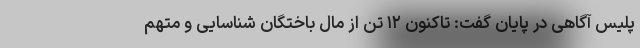
پلیس آگاهی در پایان گفت: تاکنون ۱۲ تن از مال باختگان شناسایی و متهم